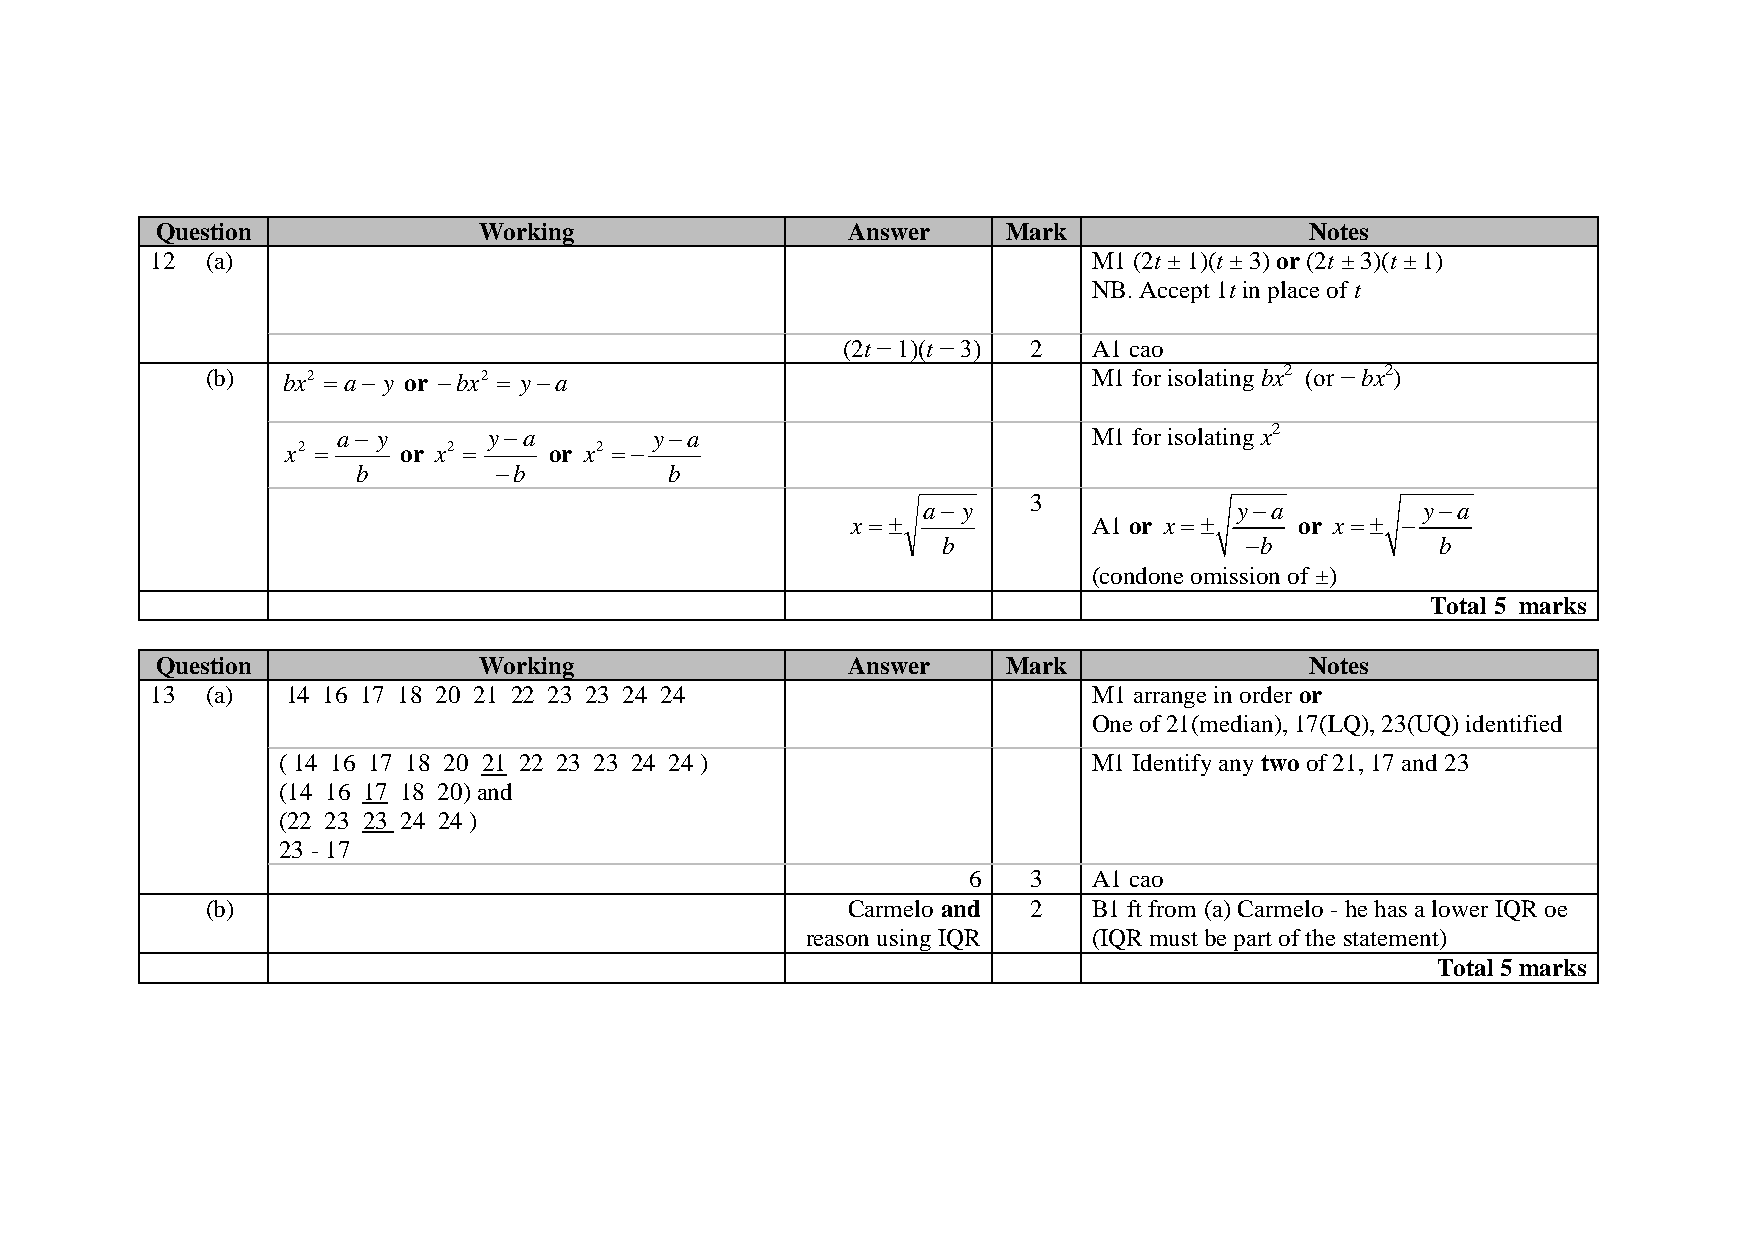
Question              Working                 Answer     Mark                Notes
 12  (a)                                                       M1 (2t ± 1)(t ± 3) or (2t ± 3)(t ± 1)
 NB. Accept 1t in place of t
 (2t − 1)(t − 3) 2 A1 cao
 (b)  bx2 = a− y or −bx2 = y−a                             M1 for isolating bx2 (or − bx2)
 a− y      y−a        y−a                          M1 for isolating x2
 x2 =   or x2 =   or x2 =−
 b        −b         b
 a− y   3             y−a         y−a
 x = ±           A1 or x=±     or x=± −
 b                   −b           b
 (condone omission of ±)
 Total 5 marks
 Question              Working                 Answer     Mark                Notes
 13  (a)  14 16 17 18 20 21 22 23 23 24 24                     M1 arrange in order or
 One of 21(median), 17(LQ), 23(UQ) identified
 ( 14 16 17 18 20 21 22 23 23 24 24 )                  M1 Identify any two of 21, 17 and 23
 (14 16 17 18 20) and
 (22 23 23 24 24 )
 23 - 17
 6   3   A1 cao
 (b)                                       Carmelo and 2   B1 ft from (a) Carmelo - he has a lower IQR oe
 reason using IQR   (IQR must be part of the statement)
 Total 5 marks